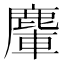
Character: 𪋀